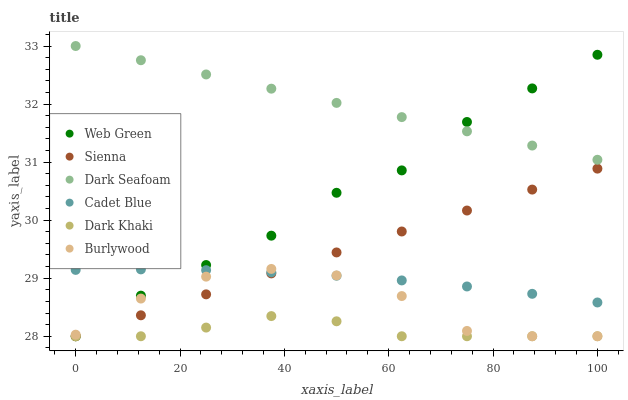
| xaxis_label | Web Green | Sienna | Dark Seafoam | Cadet Blue | Dark Khaki | Burlywood |
 | --- | --- | --- | --- | --- | --- | --- |
 | 0 | 28 | 28 | 33 | 29.1 | 28 | 28 |
 | 12.5 | 28.7 | 28.4 | 32.8 | 29.2 | 28 | 28.6 |
 | 25 | 29.2 | 28.7 | 32.5 | 29.1 | 28.1 | 29 |
 | 37.5 | 29.7 | 29.1 | 32.3 | 29.1 | 28.3 | 29.2 |
 | 50 | 30.5 | 29.4 | 32 | 29 | 28.3 | 29 |
 | 62.5 | 30.9 | 29.8 | 31.8 | 29 | 28 | 28.7 |
 | 75 | 31.7 | 30.2 | 31.5 | 28.9 | 28 | 28.1 |
 | 87.5 | 32.3 | 30.5 | 31.3 | 28.7 | 28 | 28 |
 | 100 | 32.8 | 30.9 | 31 | 28.6 | 28 | 28 |